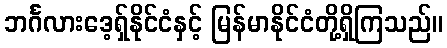
ဘင်္ဂလားဒေ့ရှ်နိုင်ငံနှင့် မြန်မာနိုင်ငံတို့ရှိကြသည်။